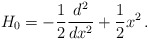
\begin{align*}H_{0}=-\frac{1}{2}\frac{d^{2}}{dx^{2}}+\frac{1}{2}x^{2} \,. \end{align*}